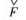
F